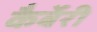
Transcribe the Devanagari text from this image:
कैर्बेरी